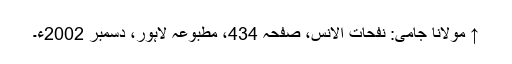
↑ مولانا جامی: نفحات الانس، صفحہ 434، مطبوعہ لاہور، دسمبر 2002ء۔